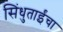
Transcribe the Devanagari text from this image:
सिंधुताईंचा